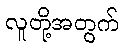
လူတို့အတွက်